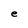
Character: e